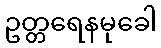
ဥတ္တရေနမုခေါ